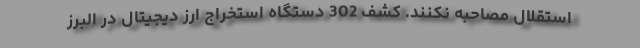
استقلال مصاحبه نکنند. کشف 302 دستگاه استخراج ارز دیجیتال در البرز